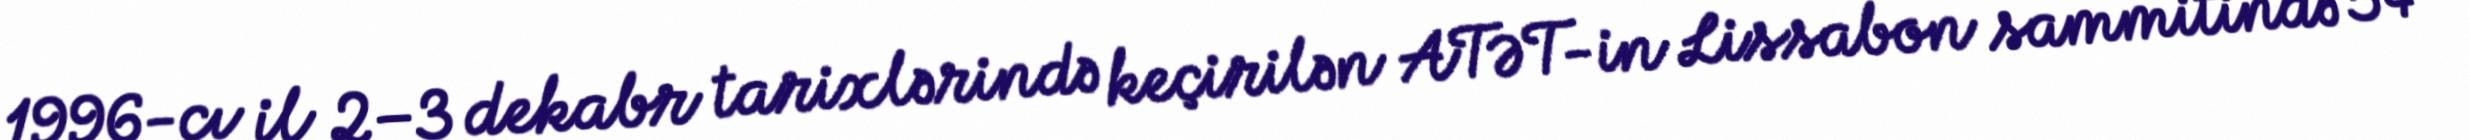
1996-cı il 2–3 dekabr tarixlərində keçirilən ATƏT-in Lissabon sammitində 54